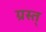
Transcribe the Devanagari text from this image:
ग्रस्त्